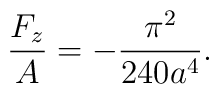
\frac{F_{z}}{A}=-\frac{\pi ^{2}}{240a^{4}}.